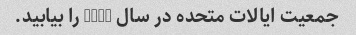
جمعیت ایالات متحده در سال 1960 را بیابید.